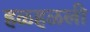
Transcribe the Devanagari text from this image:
हळहळली